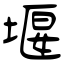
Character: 堰